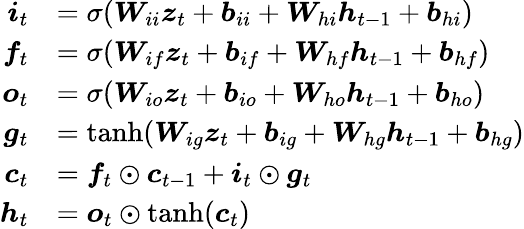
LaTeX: \begin{array}{rl}{\boldsymbol{i}_{t}}&{=\sigma(\boldsymbol{W}_{ii}\boldsymbol{z}_{t}+\boldsymbol{b}_{ii}+\boldsymbol{W}_{hi}\boldsymbol{h}_{t-1}+\boldsymbol{b}_{hi})}\\ {\boldsymbol{f}_{t}}&{=\sigma(\boldsymbol{W}_{if}\boldsymbol{z}_{t}+\boldsymbol{b}_{if}+\boldsymbol{W}_{hf}\boldsymbol{h}_{t-1}+\boldsymbol{b}_{hf})}\\ {\boldsymbol{o}_{t}}&{=\sigma(\boldsymbol{W}_{io}\boldsymbol{z}_{t}+\boldsymbol{b}_{io}+\boldsymbol{W}_{ho}\boldsymbol{h}_{t-1}+\boldsymbol{b}_{ho})}\\ {\boldsymbol{g}_{t}}&{=\operatorname{tanh}(\boldsymbol{W}_{ig}\boldsymbol{z}_{t}+\boldsymbol{b}_{ig}+\boldsymbol{W}_{hg}\boldsymbol{h}_{t-1}+\boldsymbol{b}_{hg})}\\ {\boldsymbol{c}_{t}}&{=\boldsymbol{f}_{t}\odot\boldsymbol{c}_{t-1}+\boldsymbol{i}_{t}\odot\boldsymbol{g}_{t}}\\ {\boldsymbol{h}_{t}}&{=\boldsymbol{o}_{t}\odot\operatorname{tanh}(\boldsymbol{c}_{t})}\end{array}